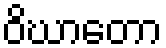
ဝိဃာတော